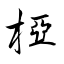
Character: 椏